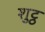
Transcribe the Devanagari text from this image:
शुट्ठ